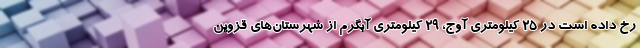
رخ داده است در ۲۵ کیلومتری آوج، ۲۹ کیلومتری آبگرم از شهرستان‌های قزوین